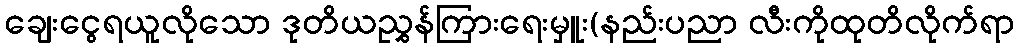
ချေးငွေရယူလိုသော ဒုတိယညွှန်ကြားရေးမှူး(နည်းပညာ လီးကိုထုတိလိုက်ရာ